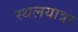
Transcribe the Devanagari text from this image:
स्थलयात्रा